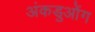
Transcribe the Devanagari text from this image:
अंकडुओंग